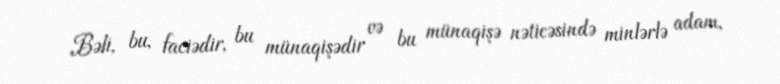
Bəli, bu, faciədir, bu münaqişədir və bu münaqişə nəticəsində minlərlə adam,